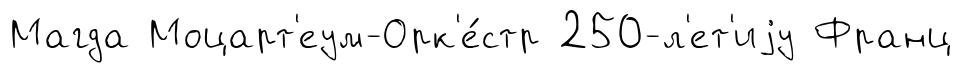
Магда Моцарт'еум-Орк'е́стр 250-л'ет'иjу Франц